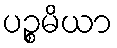
ပဉ္စမိယာ